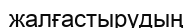
жалғастырудың